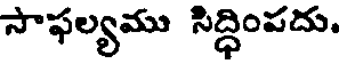
సాఫల్యము సిద్ధింపదు.